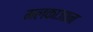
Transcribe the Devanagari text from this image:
मलकाजान